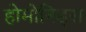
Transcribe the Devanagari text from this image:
होमोनिड्स